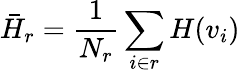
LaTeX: \bar{H}_{r}=\frac{1}{N_{r}}\sum_{i\in r}H(v_{i})